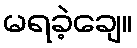
မရခဲ့ချေ။